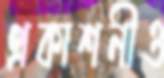
প্রকাশনীও